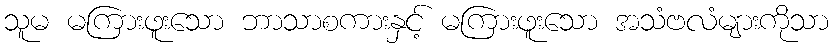
သူမ မကြားဖူးသော ဘာသာစကားနှင့် မကြားဖူးသော အသံဗလံများကိုသာ